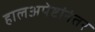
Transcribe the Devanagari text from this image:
हालअपेष्टांनंतर